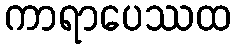
ကာရာပေဿထ